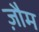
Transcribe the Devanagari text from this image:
ज़ौम